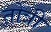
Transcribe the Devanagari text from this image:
तोत्री